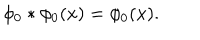
\phi _ { 0 } * \phi _ { 0 } ( x ) = \phi _ { 0 } ( x ) .